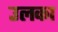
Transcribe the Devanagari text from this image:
उलका